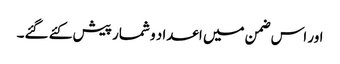
اور اس ضمن میں اعداد و شمار پیش کئے گئے۔